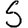
Digit: 5